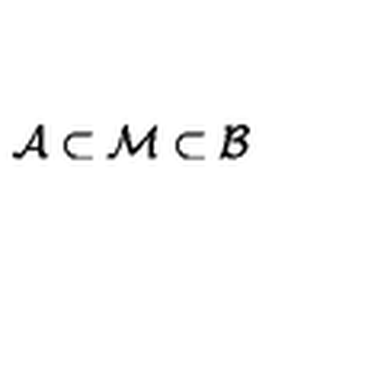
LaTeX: \mathcal { A } \subset \mathcal { M } \subset \mathcal { B }